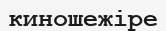
киношежіре